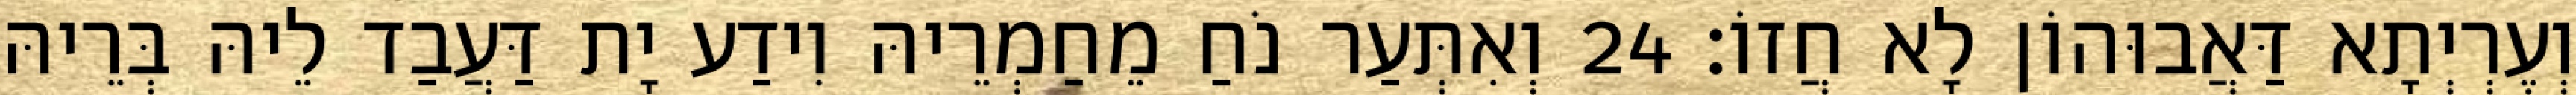
וְעֶרְיְתָא דַּאֲבוּהוֹן לָא חֲזוֹ׃ 24 וְאִתְּעַר נֹחַ מֵחַמְרֵיהּ וִידַע יָת דַּעֲבַד לֵיהּ בְּרֵיהּ